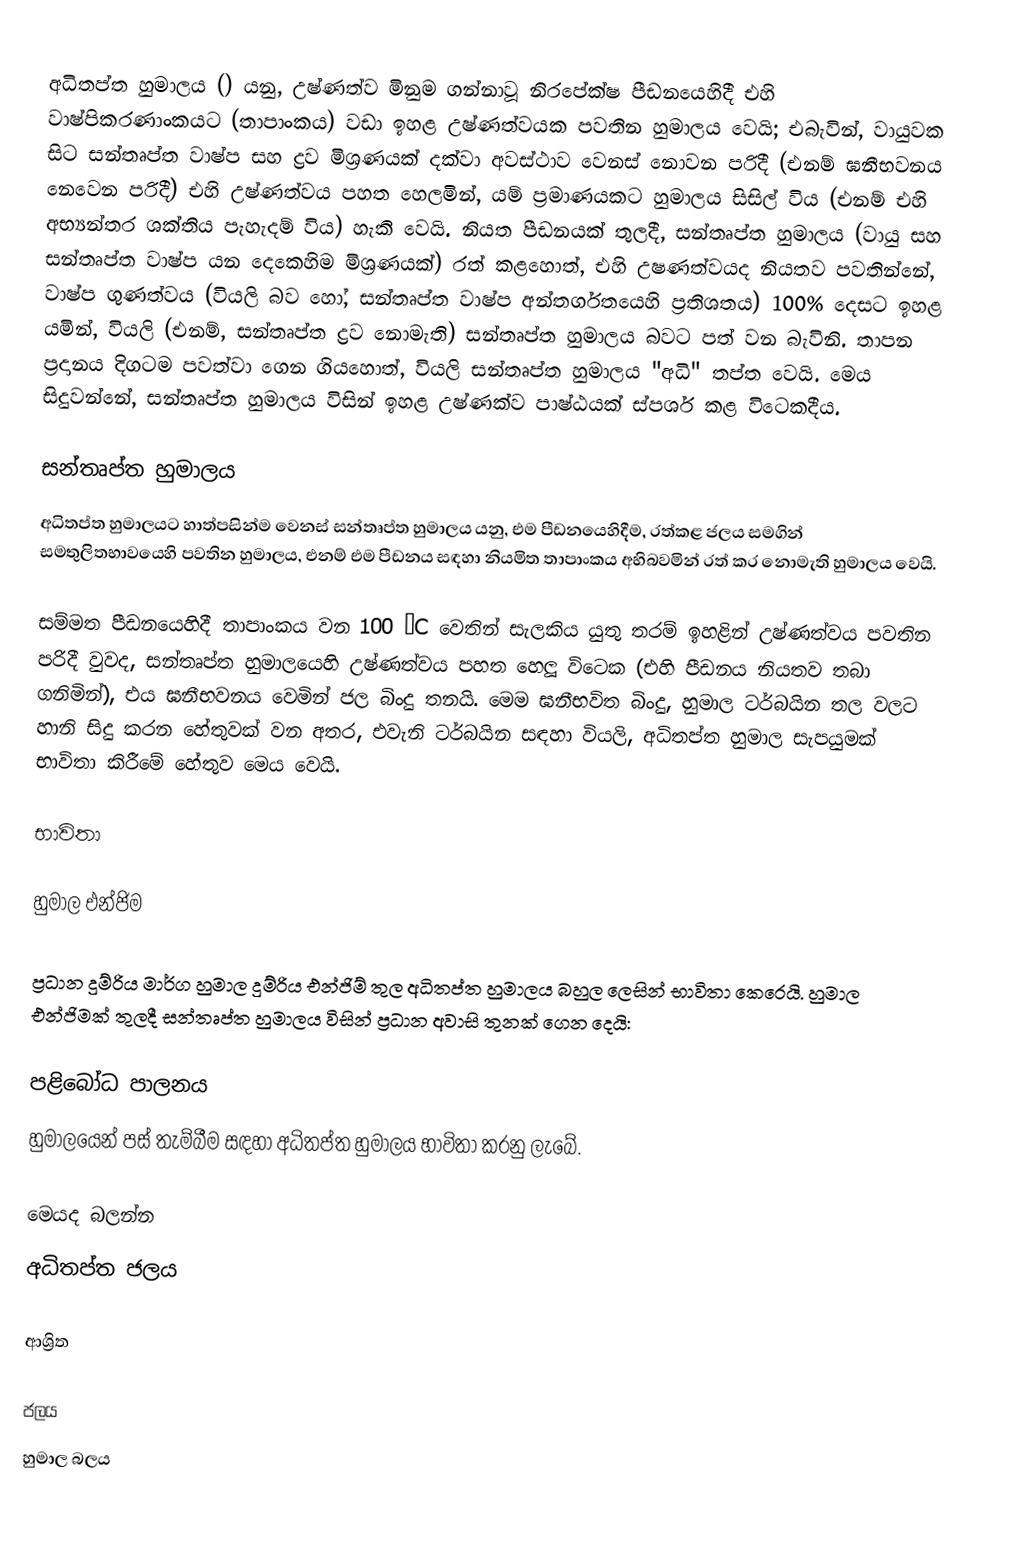
අධිතප්ත හුමාලය () යනු, උෂ්ණත්ව මිනුම ගන්නාවූ නිරපේක්ෂ පීඩනයෙහිදී එහි වාෂ්පිකරණාංකයට (තාපාංකය) වඩා ඉහළ උෂ්ණත්වයක පවතින හුමාලය වෙයි; එබැවින්, වායුවක සිට සන්තෘප්ත වාෂ්ප සහ ද්‍රව මිශ්‍රණයක් දක්වා අවස්ථාව වෙනස් නොවන පරිදී (එනම් ඝනීභවනය නෙවෙන පරිදී) එහි උෂ්ණත්වය පහත හෙලමින්, යම් ප්‍රමාණයකට හුමාලය සිසිල් විය (එනම් එහි අභ්‍යන්තර ශක්තිය පැහැදම් විය) හැකි වෙයි.  නියත පීඩනයක් තුලදී,  සන්තෘප්ත හුමාලය (වායු සහ සන්තෘප්ත වාෂ්ප යන දෙකෙහිම මිශ්‍රණයක්) රත් කළහොත්, එහි උෂණත්වයද නියතව පවතින්නේ,  වාෂ්ප ගුණත්වය (වියලි බව හෝ, සන්තෘප්ත වාෂ්ප අන්තර්ගතයෙහි ප්‍රතිශතය) 100% දෙසට ඉහළ යමින්, වියලි (එනම්, සන්තෘප්ත ද්‍රව නොමැති) සන්තෘප්ත හුමාලය බවට පත් වන බැවිනි. තාපන ප්‍රදානය දිගටම පවත්වා ගෙන ගියහොත්, වියලි සන්තෘප්ත හුමාලය  "අධි" තප්ත වෙයි. මෙය සිදුවන්නේ, සන්තෘප්ත හුමාලය විසින් ඉහළ උෂ්ණක්ව පාෂ්ඨයක් ස්පර්ශ කළ විටෙකදීය.

සන්තෘප්ත හුමාලය
අධිතප්ත හුමාලයට හාත්පසින්ම වෙනස් සන්තෘප්ත හුමාලය යනු, එම පීඩනයෙහිදීම,  රත්කළ ජලය සමගින් සමතුලිතභාවයෙහි පවතින හුමාලය, එනම් එම පීඩනය සඳහා නියමිත තාපාංකය අභිබවමින් රත් කර නොමැති හුමාලය වෙයි.

සම්මත පීඩනයෙහිදී තාපාංකය වන 100 °C වෙතින් සැලකිය යුතු තරම් ඉහළින් උෂ්ණත්වය පවතින පරිදී වුවද, සන්තෘප්ත හුමාලයෙහි උෂ්ණත්වය පහත හෙලූ විටෙක (එහි පීඩනය නියතව තබා ගනිමින්), එය ඝනීභවනය වෙමින් ජල බිංදු තනයි. මෙම ඝනීභවිත බිංදු, හුමාල ටර්බයින තල වලට හානි සිදු කරන හේතුවක් වන අතර, එවැනි ටර්බයින සඳහා වියලි, අධිතප්ත හුමාල සැපයුමක් භාවිතා කිරීමේ හේතුව මෙය වෙයි.

භාවිතා

හුමාල එන්ජිම

ප්‍රධාන දුම්රිය මාර්ග   හුමාල දුම්රිය එන්ජිම් තුල අධිතප්ත හුමාලය බහුල ලෙසින් භාවිතා කෙරෙයි.  හුමාල එන්ජිමක් තුලදී සන්තෘප්ත හුමාලය විසින් ප්‍රධාන අවාසි තුනක් ගෙන දෙයි:

පළිබෝධ පාලනය
හුමාලයෙන් පස් තැම්බීම සඳහා අධිතප්ත හුමාලය භාවිතා කරනු ලැබේ.

මෙයද බලන්න
 අධිතප්ත ජලය

ආශ්‍රිත

ජලය
හුමාල බලය